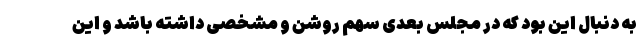
به دنبال این بود که در مجلس بعدی سهم روشن و مشخصی داشته باشد و این